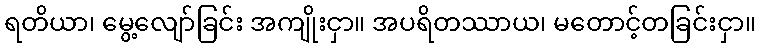
ရတိယာ၊ မွေ့လျော်ခြင်း အကျိုးငှာ။ အပရိတဿာယ၊ မတောင့်တခြင်းငှာ။